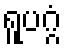
ရူပဂ္ဂံ